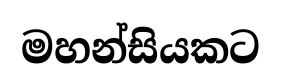
මහන්සියකට